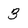
Character: 3